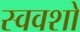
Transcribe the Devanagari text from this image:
स्ववशो